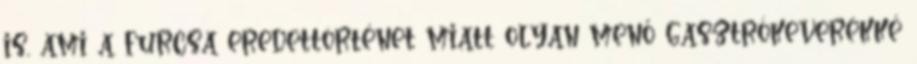
is, ami a furcsa eredettörténet miatt olyan menő gasztrókeverékké